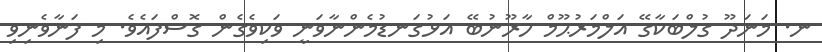
ނ. މަނަދޫ ގުލްބަކާގޭ އަލްމަރުޙޫމް ހާރޫނުބޭ އަޅުގަނޑުމެންނާވަނީ ވަކިވެގެން ގޮސްފައެވެ. މި ފަނާވެނިވި